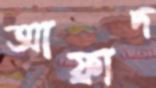
আফ্রাদ